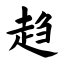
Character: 趋